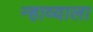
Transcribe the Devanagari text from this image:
न्हाव्याला